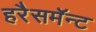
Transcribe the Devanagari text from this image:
हरैसमॅन्ट